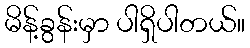
မိန့်ခွန်းမှာ ပါရှိပါတယ်။